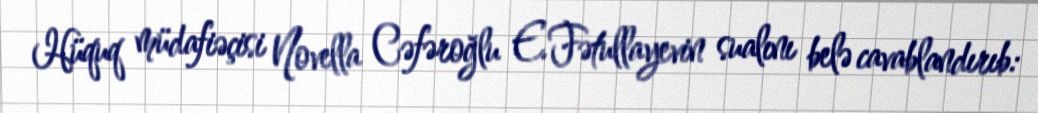
Hüquq müdafiəçisi Novella Cəfəroğlu E.Fətullayevin sualını belə cavablandırıb: